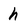
Character: h